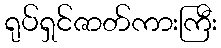
ရုပ်ရှင်ဇာတ်ကားကြီး